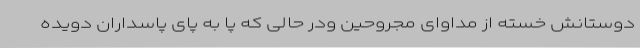
دوستانش خسته از مداوای مجروحین ودر حالی که پا به پای پاسداران دویده